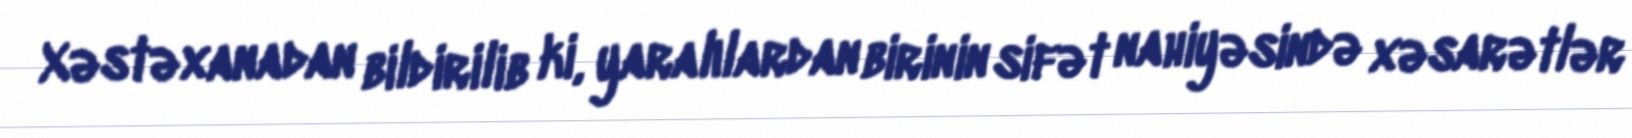
Xəstəxanadan bildirilib ki, yaralılardan birinin sifət nahiyəsində xəsarətlər